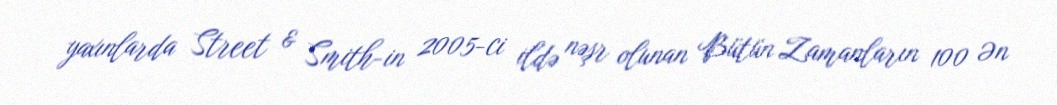
yaxınlarda Street & Smith-in 2005-ci ildə nəşr olunan Bütün Zamanların 100 Ən